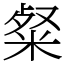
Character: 粲